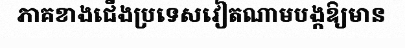
ភាគខាងជើងប្រទេសវៀតណាមបង្កឱ្យមាន